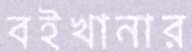
বইখানার